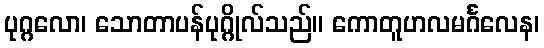
ပုဂ္ဂလော၊ သောတာပန်ပုဂ္ဂိုလ်သည်။ ကောတူဟလမင်္ဂလေန၊